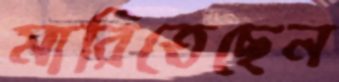
মারিতেছেন